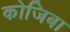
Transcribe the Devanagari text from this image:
कोजिबा